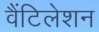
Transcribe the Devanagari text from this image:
वैंटिलेशन